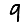
Digit: 9